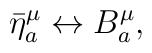
\bar \eta _a^\mu \leftrightarrow B_a^\mu ,